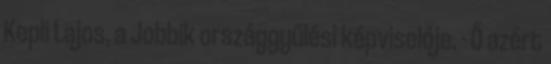
Kepli Lajos, a Jobbik országgyűlési képviselője. - Ő azért